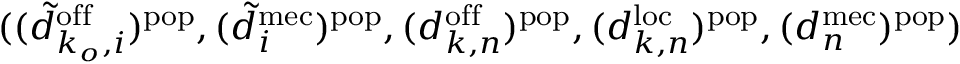
( ( \tilde { d } _ { k _ { o } , i } ^ { \mathrm { o f f } } ) ^ { \mathrm { p o p } } , ( \tilde { d } _ { i } ^ { \mathrm { m e c } } ) ^ { \mathrm { p o p } } , ( d _ { k , n } ^ { \mathrm { o f f } } ) ^ { \mathrm { p o p } } , ( d _ { k , n } ^ { \mathrm { l o c } } ) ^ { \mathrm { p o p } } , ( d _ { n } ^ { \mathrm { m e c } } ) ^ { \mathrm { p o p } } )